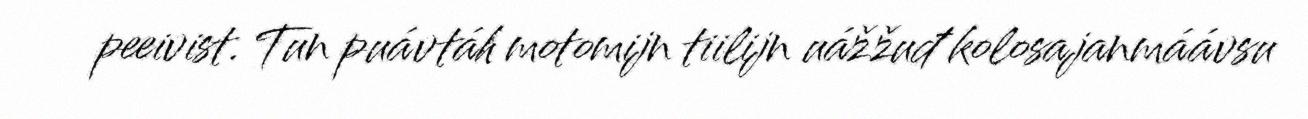
peeivist. Tun puávtáh motomijn tiilijn uážžuđ kolosajanmáávsu